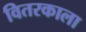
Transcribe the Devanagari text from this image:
वितरकाला